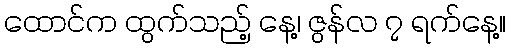
ထောင်က ထွက်သည့် နေ့၊ ဇွန်လ ၇ ရက်နေ့။